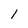
Character: 1